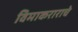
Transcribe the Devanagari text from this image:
विमाकराराचे